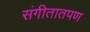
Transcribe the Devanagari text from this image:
संगीतातपण